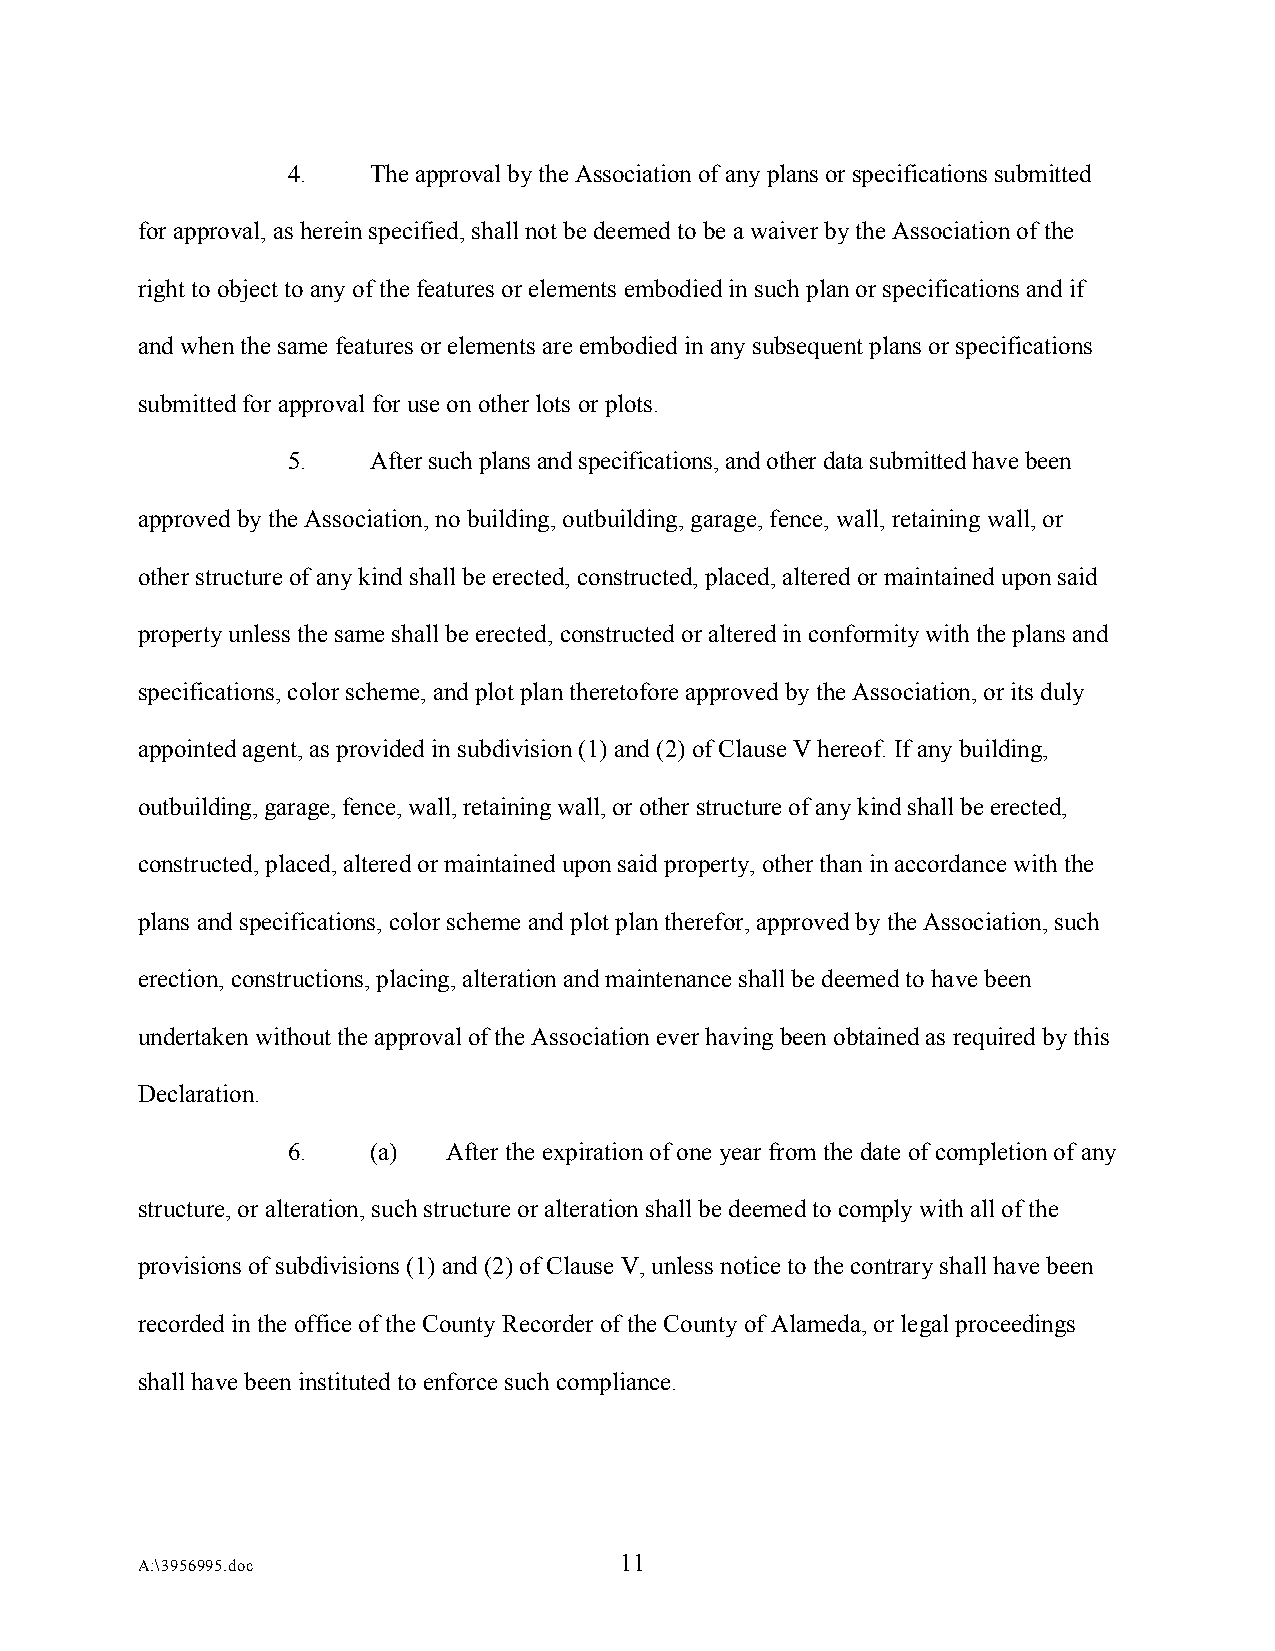
4.   The approval by the Association of any plans or specifications submitted
 for approval, as herein specified, shall not be deemed to be a waiver by the Association of the
 right to object to any of the features or elements embodied in such plan or specifications and if
 and when the same features or elements are embodied in any subsequent plans or specifications
 submitted for approval for use on other lots or plots.
 5.   After such plans and specifications, and other data submitted have been
 approved by the Association, no building, outbuilding, garage, fence, wall, retaining wall, or
 other structure of any kind shall be erected, constructed, placed, altered or maintained upon said
 property unless the same shall be erected, constructed or altered in conformity with the plans and
 specifications, color scheme, and plot plan theretofore approved by the Association, or its duly
 appointed agent, as provided in subdivision (1) and (2) of Clause V hereof. If any building,
 outbuilding, garage, fence, wall, retaining wall, or other structure of any kind shall be erected,
 constructed, placed, altered or maintained upon said property, other than in accordance with the
 plans and specifications, color scheme and plot plan therefor, approved by the Association, such
 erection, constructions, placing, alteration and maintenance shall be deemed to have been
 undertaken without the approval of the Association ever having been obtained as required by this
 Declaration.
 6.   (a)   After the expiration of one year from the date of completion of any
 structure, or alteration, such structure or alteration shall be deemed to comply with all of the
 provisions of subdivisions (1) and (2) of Clause V, unless notice to the contrary shall have been
 recorded in the office of the County Recorder of the County of Alameda, or legal proceedings
 shall have been instituted to enforce such compliance.
 11
 A:\3956995.doc